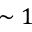
\sim 1